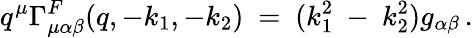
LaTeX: q^{\mu}\Gamma_{\mu\alpha\beta}^{F}(q,-k_{1},-k_{2})\ =\ (k_{1}^{2}\ -\ k_{2}^{2})g_{\alpha\beta}\, .